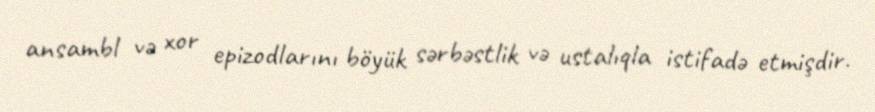
ansambl və xor epizodlarını böyük sərbəstlik və ustalıqla istifadə etmişdir.